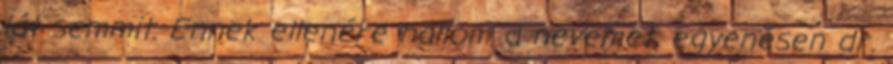
lát semmit. Ennek ellenére hallom a nevemet, egyenesen dr.